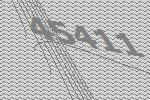
45411